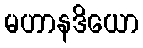
မဟာနဒိယော